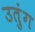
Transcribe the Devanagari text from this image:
उतुंग